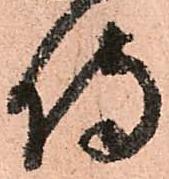
侍